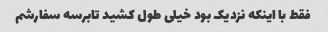
فقط با اینکه نزدیک بود خیلی طول کشید تابرسه سفارشم